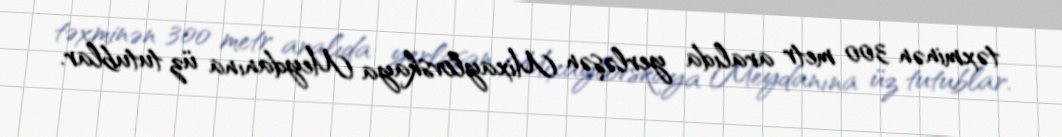
təxminən 300 metr aralıda yerləşən Mixaylovskaya Meydanına üz tutublar.